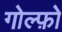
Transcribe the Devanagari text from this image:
गोल्फ़ो